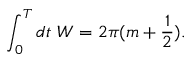
\int _ { 0 } ^ { T } d t \, \, W = 2 \pi ( m + \frac { 1 } { 2 } ) .